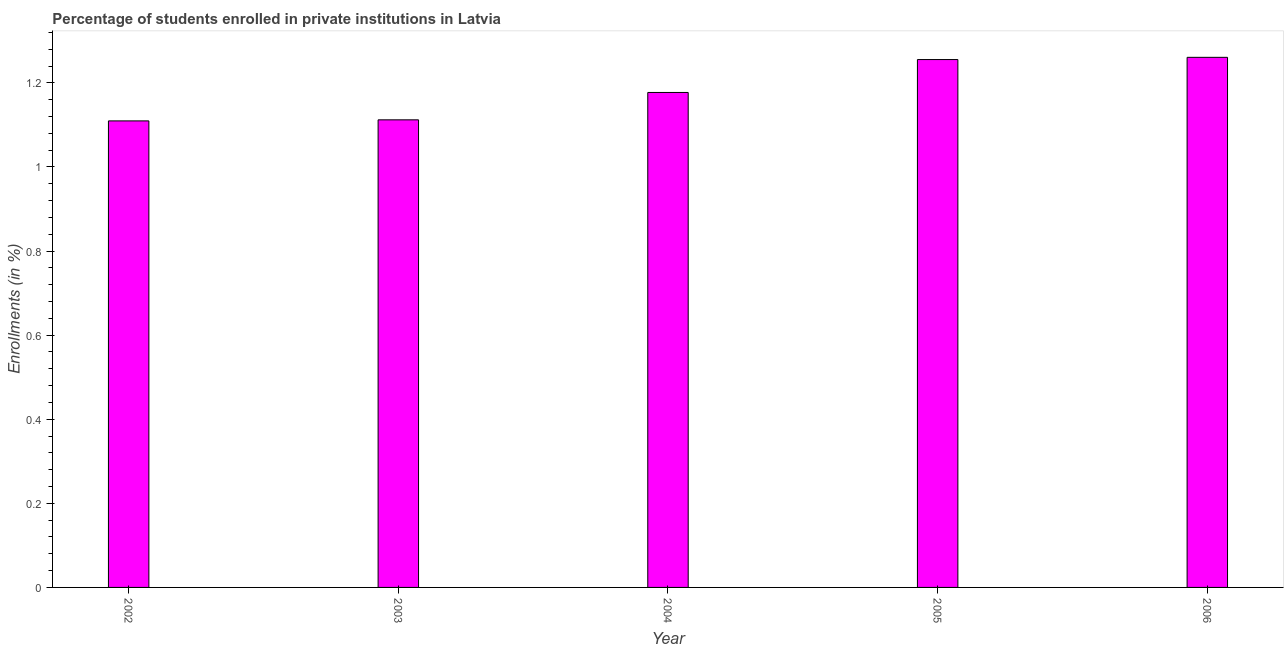
| Year | Enrollments |
 | --- | --- |
 | 2002 | 1.11 |
 | 2003 | 1.11 |
 | 2004 | 1.18 |
 | 2005 | 1.26 |
 | 2006 | 1.26 |